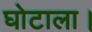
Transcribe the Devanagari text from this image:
घोटाला।